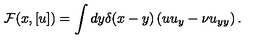
{ \cal F } ( x , [ u ] ) = \int d y \delta ( x - y ) \left( u u _ { y } - \nu u _ { y y } \right) .